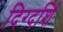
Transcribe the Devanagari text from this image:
दिग्दर्शि